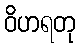
ဝိဟရတု